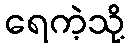
ရေကဲ့သို့